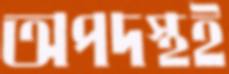
অপদস্থই